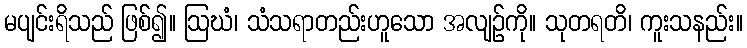
မပျင်းရိသည် ဖြစ်၍။ ဩဃံ၊ သံသရာတည်းဟူသော အလျဉ်ကို။ သုတရတိ၊ ကူးသနည်း။